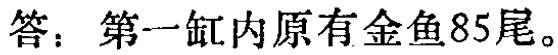
答：第一缸内原有金鱼85尾。